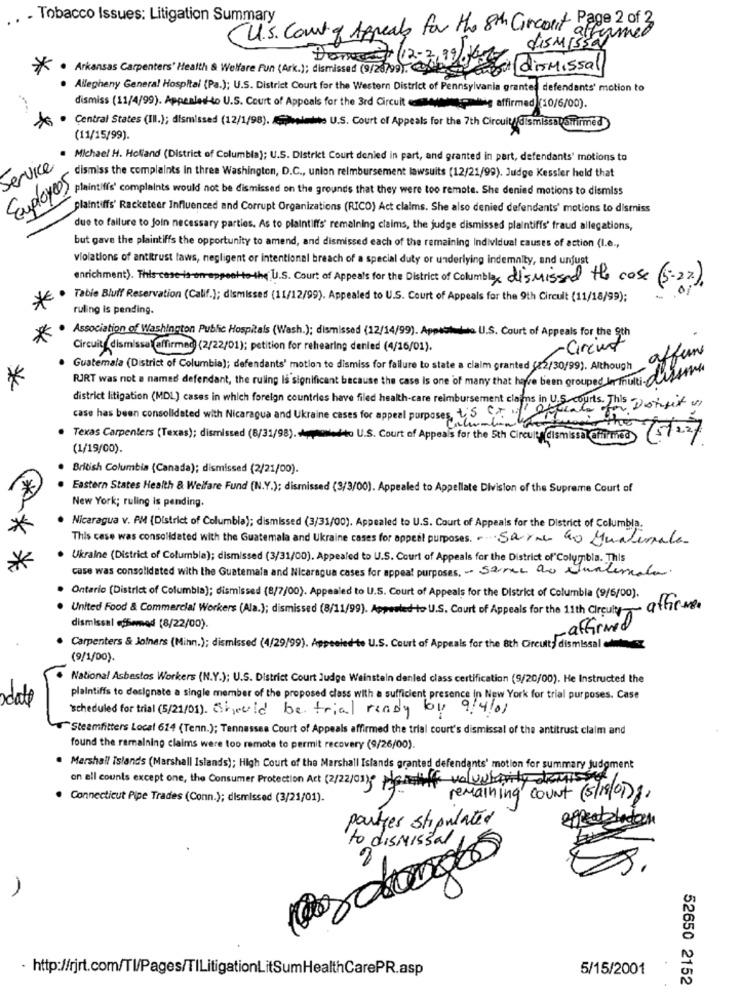
. Tobacco Issues: Litigation Summary
U.S. Court of Appeals for the 8th Circonf Page 2 of 3
dismissarmed
Donnent (12-2,99).
*
. Arkansas Carpenters' Health & Welfare Fun (Ark.); dismissed (9/28/99). 04
Finest dismissal
Allegheny General Hospital (Pa.); U.S. District Court for the Western District of Pennsylvania granted defendants' motion to
dismiss (11/4/99). Appealed to U.S. Court of Appeals for the 3rd Circuit
dig affirmed (10/6/00).
. Central States (III.); dismissed (12/1/98). Apeelmine. U.S. Court of Appeals for the 7th Circuit dismissalamirmed
(11/15/99).
Michael H. Holland (District of Columbia); U.S. District Court denied in part, and granted in part, defendants' motions to
service
dismiss the complaints In three Washington, D.C ., union reimbursement lawsuits (12/21/99). Judge Kessler held that
Employees
plaintiffs' complaints would not be dismissed on the grounds that they were too remote. She denied motions to dismiss
plaintiffs' Racketeer Influenced and Corrupt Organizations (RICO) Act claims. She also denied defendants' motions to dismiss
due to failure to join necessary parties. As to plaintiff's' remaining claims, the judge dismissed plaintiffs' fraud allegations,
but gave the plaintiffs the opportunity to amend, and dismissed each of the remaining Individual causes of action (I.e .,
violations of antitrust laws, negligent or intentional breach of a special duty or underlying indemnity, and unjust
enrichment). This case is anroppon to-the U.S. Court of Appeals for the District of Columbia, dismissed the case (5-2%).
Table Bluff Reservation (Calif.); dismissed (11/12/99). Appealed to U.S. Court of Appeals for the 9th Circuit (11/18/99);
ruling is pending.
Association of Washington Public Hospitals (Wash.); dismissed (12/14/99). Appachino U.S. Court of Appeals for the 9th
Circuit_dismissalaffirmed (2/22/01); petition for rehearing denied (4/16/01).
-Circut
affune
Guatemala (District of Columbia); defendants' motion to dismiss for failure to state a claim granted (82/30/99). Although
PURT was not a named defendant, the ruling is significant because the case is one of many that have been grouped In multi- disse
district litigation (MDL) cases in which foreign countries have filed health-care reimbursement claims in U.S. courts. This
case has been consolidated with Nicaragua and Ukraine cases for appeal purposes, S CT / Offcale for Dotuit
Columbia
Texas Carpenters (Texas); dismissed (8/31/98). Amedeo U.S. Court of Appeals for the 5th Circuitsdismissalaffirmed
(1/19/00).
British Columbia (Canada); dismissed (2/21/00).
Eastern States Health & Welfare Fund (N.Y.); dismissed (3/3/00). Appealed to Appellate Division of the Supreme Court of
New York; ruling is pending.
Nicaragua v. AM (District of Columbia); dismissed (3/31/00). Appealed to U.S. Court of Appeals for the District of Columbia.
This case was consolidated with the Guatemala and Ukraine cases for appeal purposes. Sarne to Qualesale
Ukraine (District of Columbia); dismissed (3/31/00). Appealed to U.S. Court of Appeals for the District of Columbia. This
case was consolidated with the Guatemala and Nicaragua cases for appeal purposes, - same ao Unalimala.
Ontario (District of Columbia); dismissed (8/7/00). Appealed to U.S. Court of Appeals for the District of Columbia (9/6/00).
United Food & Commercial Workers (Ala.); dismissed (8/11/99). Apportedo U.S. Court of Appeals for the 11th Circuly ~ atheme
dismissal echemed (8/22/00).
-affirmed
Carpenters & Johners (Mihn.); dismissed (4/29/99). Appealed to U.S. Court of Appeals for the 8th Circuits dismissal olhos
(9/1/00).
National Asbestos Workers (N.Y.); U.S. District Court Judge Weinstein denled class certification (9/20/00). He Instructed the
plaintiffs to designate a single member of the proposed class with a sufficient presence in New York for trial purposes. Case
scheduled for trial (5/21/01). Should be trial rendy boy 9/4/01
Steamfitters Local 614 (Tenn.); Tennessee Court of Appeals affirmed the trial court's dismissal of the antitrust claim and
found the ramalning claims were too remote to permit recovery (9/26/00).
Marshall Islands (Marshall Islands); High Court of the Marshall Islands granted defendants' motion for summary Judgment
on all counts except one, the Consumer Protection Act (2/22/01): Mastiff voluntarily denisse
Connecticut Pipe Trades (Conn.); dismissed (3/21/01).
remaining count (5/18/0),
poutyes stipulated
effectale
to dismissal
,00
- http://rjrt.com/Tl/Pages/TlLitigationLitSumHealthCarePR.asp
5/15/2001
52650 2152